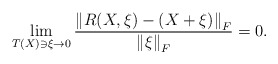
\begin{align*}\lim_{T(X)\ni\xi\rightarrow 0} \frac{\left\|R(X, \xi)-(X+\xi)\right\|_F}{\left\|\xi \right\|_F}=0.\end{align*}